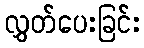
လွှတ်ပေးခြင်း